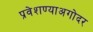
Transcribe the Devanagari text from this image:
प्रवेशण्याअगोदर